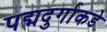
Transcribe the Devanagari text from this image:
पद्मदुर्गाकडे